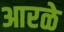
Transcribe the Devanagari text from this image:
आरळे